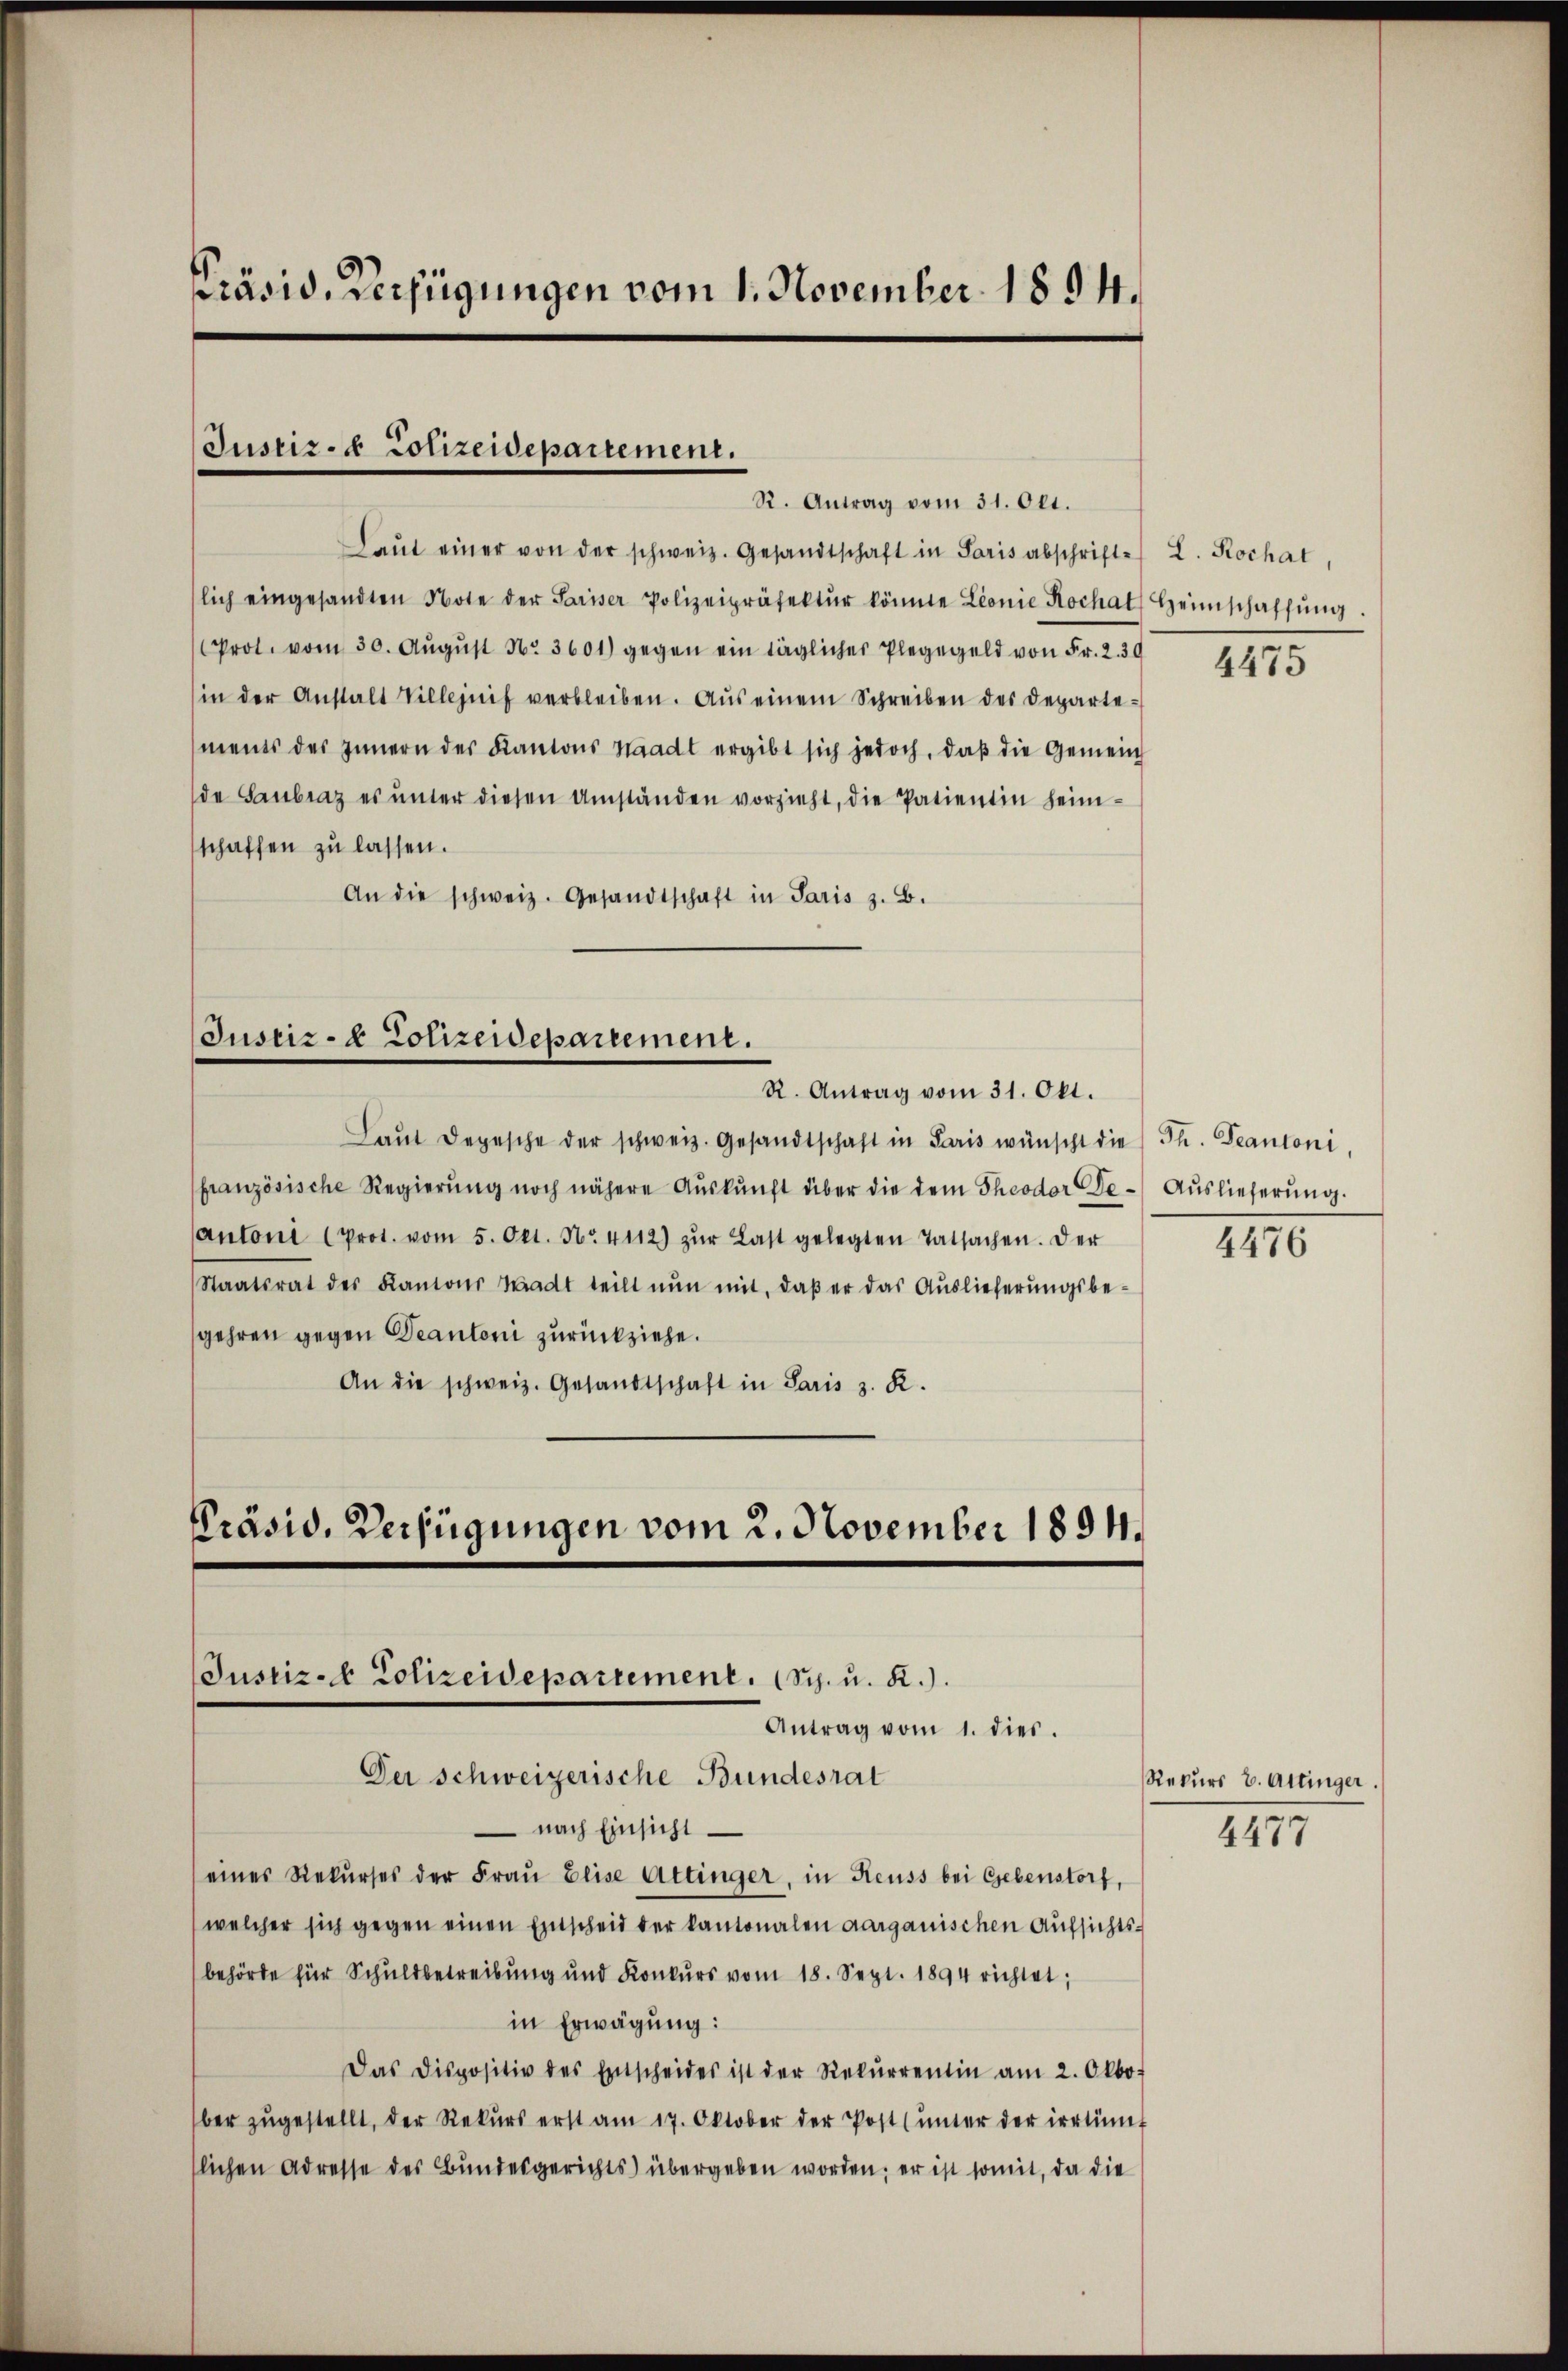
Präsid. Verfügungen vom 1. November 1894.

Justiz- & Polizeidepartement.
R. Antrag vom 31. Okt.

Justiz- & Polizeidepartement.
R. Antrag vom 31. Okt.

Präsid. Verfügungen vom 2. November 1894.
Justiz- & Polizeidepartement. (Sch. u. R.).
Antrag vom 1. dies.

Laŭt einer von der schweiz. Gesandtschaft in Paris abschriftes L. Rochat,
lich eingesandten Note der Pariser Polizeipräfektŭr könnte Lionie Kochat Heimschaffŭng.
Prot. vom 30. Aŭgŭst No 3601) gegen ein täglicher Pleggeld von Fr. 2. 39
in der Anstalt Villenif verbleiben. Aus einem Schreiben des Departe-
ments des Innern der Kantons Waadt ergibt sich jedoch, daß die Gemein
de Laubraz es ŭnter diesen Umständen vorzieht, die Patientin heimschaffen zu lassen.
An die schweiz. Gesandtschaft in Paris z. B.

Laŭt Depesche der schweiz. Gesandtschaft in Paris wünscht die Th. Beantoni
französische Regierŭng noch nähere Aŭskŭnft über die dem Theodor Ge- Auslieferŭng.
antoni (Prot. vom 5. Oct. No. 4112) zŭr Last gelegten Tatsachen. Der
Staatsrat des Kantons Stadt teilt nŭn mit, daβ er das Auslieferŭngsbe-
gehren gegen Teantoni zurückziehe.
An die schweiz. Gesandtschaft in Paris z. R.

Der schweizerische Bundesrat
 nach Einsicht
eines Rekŭrses der Fraŭ Elise Attinger, in Reuss bei Gebenstorf,
welcher sich gegen einen Entscheid der kantonalen aargauischen Aufsichtsbehörde für Schuldbetreibung und Konkŭrs vom 18. Sept. 1894 richtet;
in Erwägung:
Das dispositiv des Entscheides ist der Rekŭrrentin am 2. Okbo-
ber zŭgestellt, der Rekŭrs erst am 17. Oktober der Post (unter der irrtümt
slichen Adresse des Bundesgerichts übergeben worden; er ist somit, da die

4475

4476

Rekurs v. Attinger.
4477